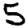
Digit: 5